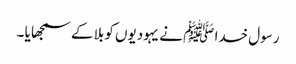
رسول خدا ﷺ نے یہودیوں کو بلا کے سمجھا یا ۔